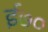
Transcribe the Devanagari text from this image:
ई७०